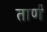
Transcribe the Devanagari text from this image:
तार्णं